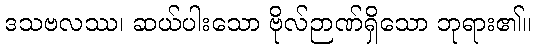
ဒသဗလဿ၊ ဆယ်ပါးသော ဗိုလ်ဉာဏ်ရှိသော ဘုရား၏။